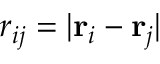
r _ { i j } = | \mathbf { r } _ { i } - \mathbf { r } _ { j } |